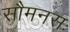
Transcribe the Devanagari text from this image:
सौमनसः